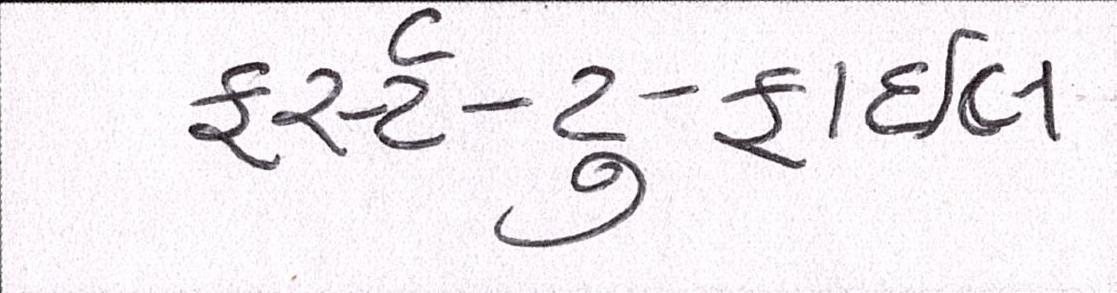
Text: ફર્સ્ટ-ટુ-ફાઇલ